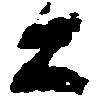
公